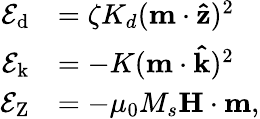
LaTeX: \begin{array}{rl}{\mathcal{E}_{\mathrm{d}}}&{=\zeta K_{d}(\mathbf{m\cdot\hat{z}})^{2}}\\ {\mathcal{E}_{\mathrm{k}}}&{=-K(\mathbf{m\cdot\hat{k}})^{2}}\\ {\mathcal{E}_{\mathrm{Z}}}&{=-\mu_{0}M_{s}\mathbf{H}\cdot\mathbf{m},}\end{array}